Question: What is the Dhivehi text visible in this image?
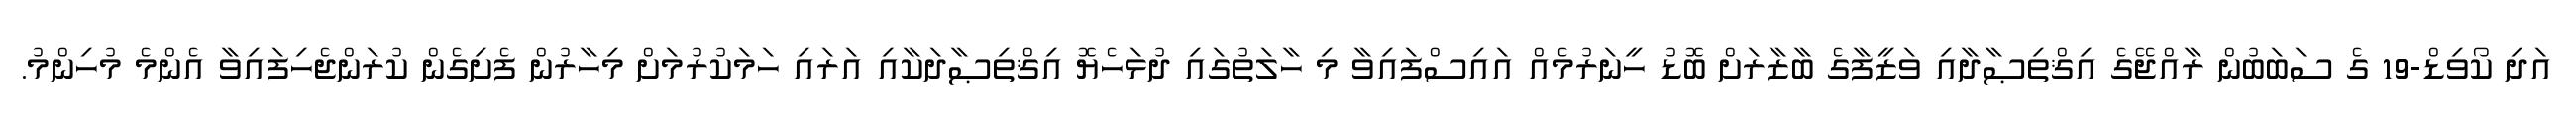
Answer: އަދި ކޯވިޑް-19 ގެ ސަބަބުން ރާއްޖޭގެ އިޤްތިޞާދާއި ވަޒީފާގެ ބާޒާރަށް ބޮޑު ހީނަރުމެއް އައިސްފައިވާ މި ހާލަތުގައި ދުޅަހެޔޮ އިޤްތިޞާދަކާއި އަރައި ހަމަކުރުމަށް މިހާރުން ފެށިގެން ކުރަންޖެހިފައިވާ އެންމެ މުހިންމު.